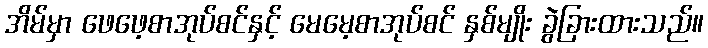
အိမ်မှာ ဖေဖေ့စာအုပ်စင်နှင့် မေမေ့စာအုပ်စင် နှစ်မျိုး ခွဲခြားထားသည်။